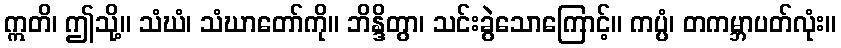
ဣတိ၊ ဤသို့။ သံဃံ၊ သံဃာတော်ကို။ ဘိန္ဒိတွာ၊ သင်းခွဲသောကြောင့်။ ကပ္ပံ၊ တကမ္ဘာပတ်လုံး။